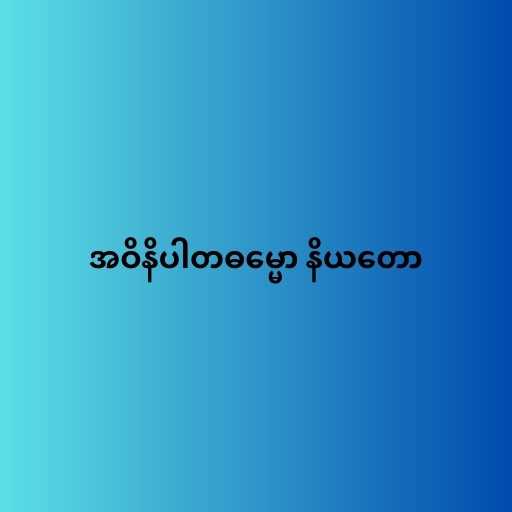
အဝိနိပါတဓမ္မော နိယတော